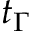
t _ { \Gamma }